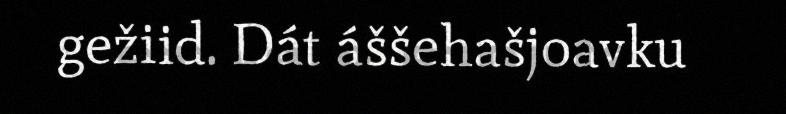
gežiid. Dát áššehašjoavku